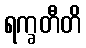
ရက္ခတီတိ